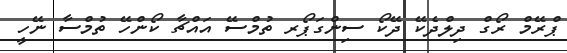
ޕްރޭމް ރޯގް ދިލްދެކޭ ދޭކޯ ސިންގަޕޯރ ތުމްސޭ އައްޗާ ކޯންހޭ ތުމްސާ ނޭހީ